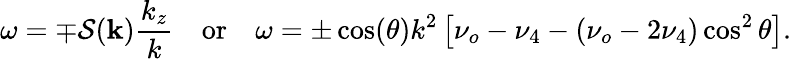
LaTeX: \omega=\mp\mathcal{S}(\mathbf{k})\frac{k_{z}}{k}\quad\textrm{or}\quad\omega=\pm\cos\! \left(\theta\right)k^{2}\left[\nu_{o}-\nu_{4}-\left(\nu_{o}-2\nu_{4}\right)\cos^{2}\theta\right].